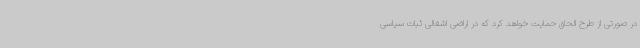
در صورتی از طرح الحاق حمایت خواهد کرد که در اراضی اشغالی ثبات سیاسی